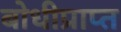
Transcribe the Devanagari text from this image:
बोधीप्राप्त